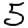
Digit: 5